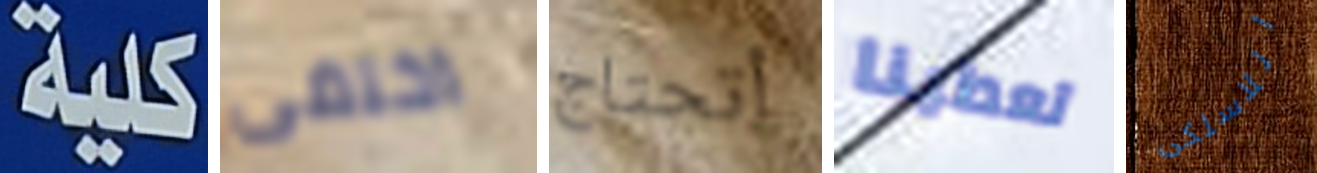
كلية اختفى أتحتاج تعطينا اللاسلكى